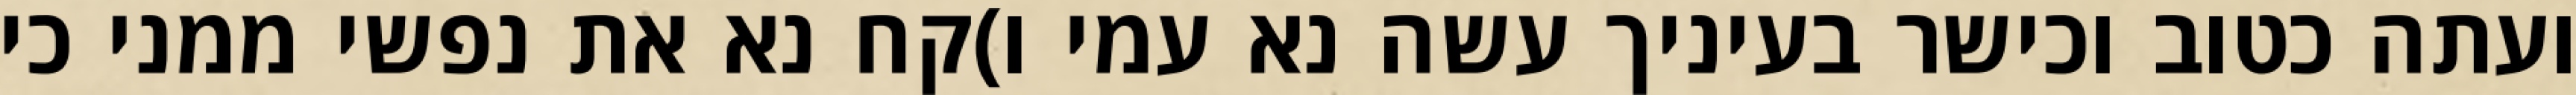
ועתה כטוב וכישר בעיניך עשה נא עמי ו)קח נא את נפשי ממני כי